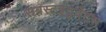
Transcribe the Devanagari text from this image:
सबस्टइटुवेंटस